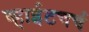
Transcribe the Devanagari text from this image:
व्हाईटचर्च